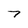
Character: 7